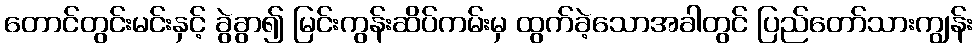
တောင်တွင်းမင်းနှင့် ခွဲခွာ၍ မြင်းကွန်းဆိပ်ကမ်းမှ ထွက်ခဲ့သောအခါတွင် ပြည်တော်သားကျွန်း